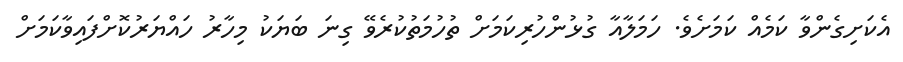
އެކަށިގެންވާ ކަމެއް ކަމަށެވެ. ހަމަލާއާ ގުޅުންހުރިކަމަށް ތުހުމަތުކުރެވޭ ގިނަ ބަޔަކު މިހާރު ހައްޔަރުކޮށްފައިވާކަމަށް